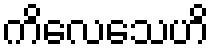
ကိလေသေဟိ